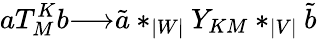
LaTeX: aT_{M}^{K}b{\longrightarrow}{\tilde{a}}*_{|W|}Y_{KM}*_{|V|}{\tilde{b}}